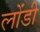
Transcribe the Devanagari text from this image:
लोंडी